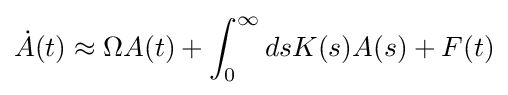
{\dot {A}}(t)\approx \Omega A(t)+\int _{0}^{\infty }dsK(s)A(s)+F(t)